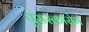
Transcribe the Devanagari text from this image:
पुरास्कारोम